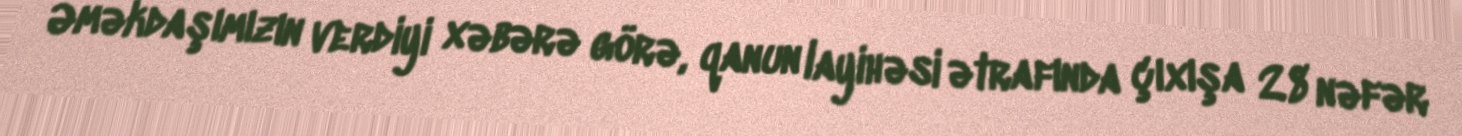
Əməkdaşımızın verdiyi xəbərə görə, qanun layihəsi ətrafında çıxışa 28 nəfər